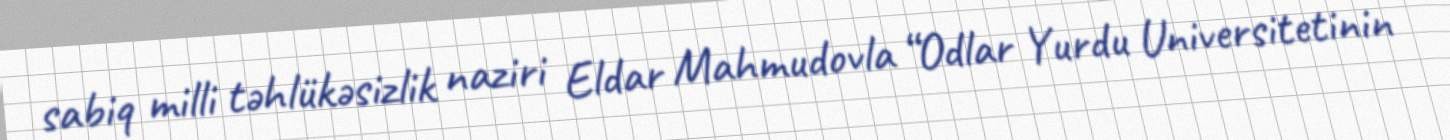
sabiq milli təhlükəsizlik naziri Eldar Mahmudovla “Odlar Yurdu Universitetinin